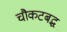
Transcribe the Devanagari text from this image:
चौकटबद्ध